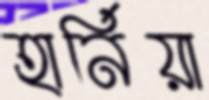
হার্নিয়া